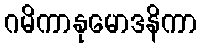
ဂမိကာနုမောဒနိကာ